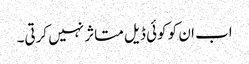
اب ان کو کوئی ڈیل متاثر نہیں کرتی۔